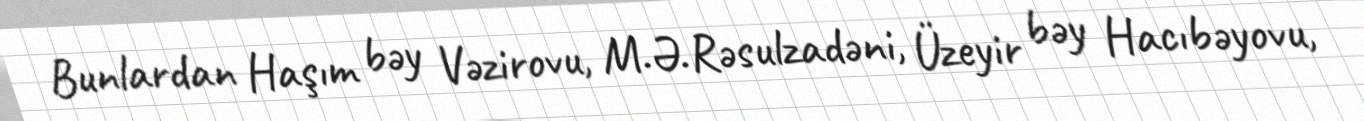
Bunlardan Haşım bəy Vəzirovu, M.Ə.Rəsulzadəni, Üzeyir bəy Hacıbəyovu,